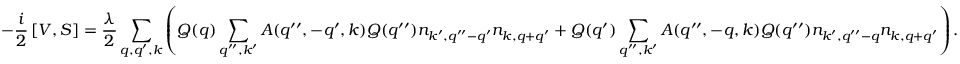
- \frac { i } { 2 } \left[ V , S \right] = \frac { \lambda } { 2 } \sum _ { q , q ^ { \prime } , k } \left( Q ( q ) \sum _ { q ^ { \prime \prime } , k ^ { \prime } } A ( q ^ { \prime \prime } , - q ^ { \prime } , k ) Q ( q ^ { \prime \prime } ) n _ { k ^ { \prime } , { q ^ { \prime \prime } - q ^ { \prime } } } n _ { k , q + q ^ { \prime } } + Q ( q ^ { \prime } ) \sum _ { q ^ { \prime \prime } , k ^ { \prime } } A ( q ^ { \prime \prime } , - q , k ) Q ( q ^ { \prime \prime } ) n _ { k ^ { \prime } , { q ^ { \prime \prime } - q } } n _ { k , q + q ^ { \prime } } \right) .